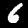
Digit: 6